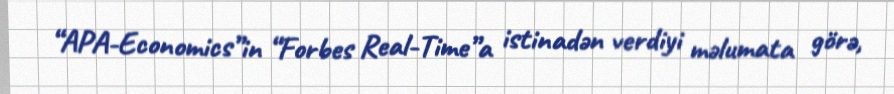
“APA-Economics”in “Forbes Real-Time”a istinadən verdiyi məlumata görə,